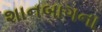
શાનબાગના